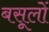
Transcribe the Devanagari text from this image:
बसूलों